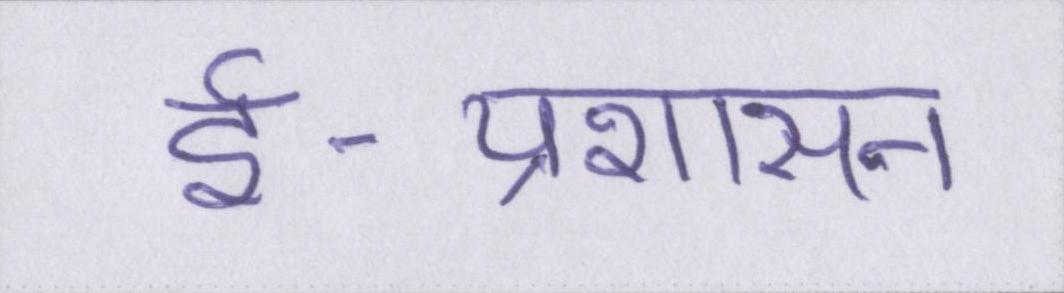
ई-प्रशासन